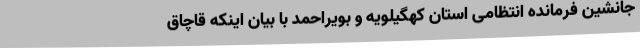
جانشین فرمانده انتظامی استان کهگیلویه و بویراحمد با بیان اینکه قاچاق